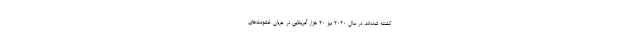
کشته شده‌اند. در سال ۲۰۲۰ نیز ۲۰ هزار آمریکایی در جریان خشونت‌های